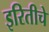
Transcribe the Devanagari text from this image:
इरितीचे